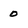
Character: 0